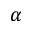
\alpha